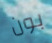
بون